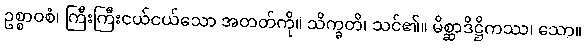
ဥစ္စာဝစံ၊ ကြီးကြီးငယ်ငယ်သော အတတ်ကို။ သိက္ခတိ၊ သင်၏။ မိစ္ဆာဒိဋ္ဌိကဿ၊ သော။